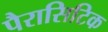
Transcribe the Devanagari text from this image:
पैरासिटिक